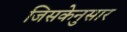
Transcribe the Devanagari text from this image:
जिसकेनुसार